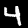
Label: 4